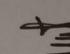
Signature authenticity: genuine